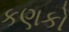
કણકો